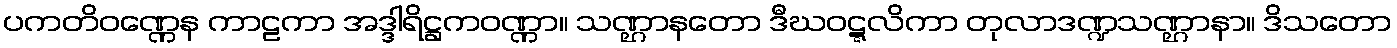
ပကတိဝဏ္ဏေန ကာဠကာ အဒ္ဒါရိဋ္ဌကဝဏ္ဏာ။ သဏ္ဌာနတော ဒီဃဝဋ္ဋလိကာ တုလာဒဏ္ဍသဏ္ဌာနာ။ ဒိသတော